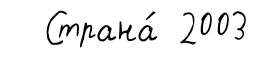
Страна́ 2003